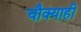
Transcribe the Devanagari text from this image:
चौक्याही